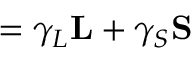
{ \bf \mu } = \gamma _ { L } { \bf L } + \gamma _ { S } { \bf S }